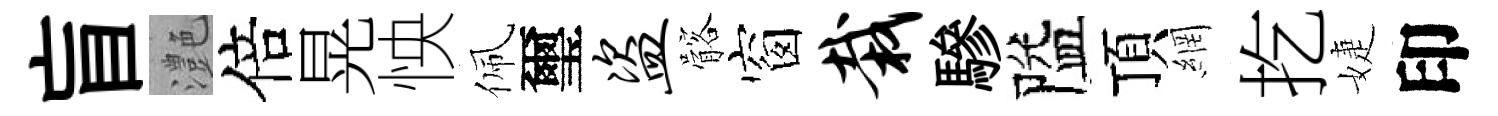
盲灔倍晃怏佩璽盗髂窗栽驂隘頂網扢婕印